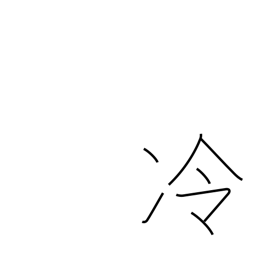
Meaning: cool